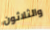
والثلاثون